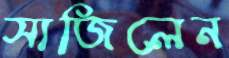
সাজিলেন